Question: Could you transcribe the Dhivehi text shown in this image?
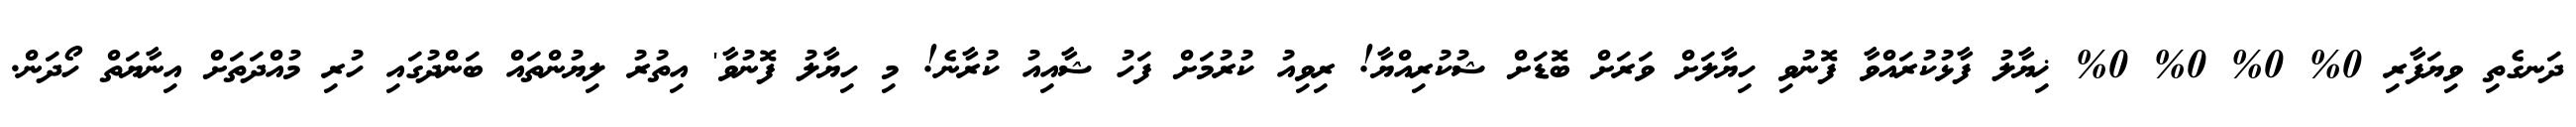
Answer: ދަނގެތި ވިޔަފާރި 0% 0% 0% 0% ޚިޔާލު ފާޅުކުރައްވާ ފޮނުވި ހިޔާލަށް ވަރަށް ބޮޑަށް ޝުކުރިއްޔާ! ރިވިއު ކުރުމަށް ފަހު ޝާއިއު ކުރާނެ! މި ހިޔާލު ފޮނުވާ' އިތުރު ލިޔުންތައް ބަންދުގައި ހުރި މުއްދަތަށް އިނާޔަތް ހޯދަން.